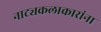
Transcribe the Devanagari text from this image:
नाट्यकलाकारांना